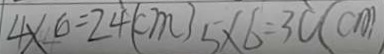
4 \times 6 = 2 4 ( c m ) 5 \times 6 = 3 0 ( c m )